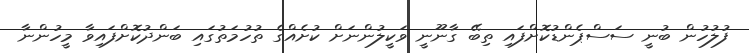
ފުލުހުން ބުނީ ސަސްޕެންޑުކޮށްފައި ތިބޭ ގާނޫނީ ވަކީލުންނަށް ކުށެއްގެ ތުހުމަތުގައި ބަންދުކޮށްފައިވާ މީހުންނާ